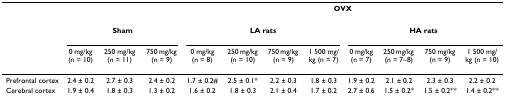
<table><thead><tr><td></td><td></td><td></td><td></td><td colspan="8"><b>OVX</b></td></tr><tr><td></td><td colspan="3"><b>Sham</b></td><td colspan="4"><b>LA rats</b></td><td colspan="4"><b>HA rats</b></td></tr><tr><td></td><td><b>0 mg/kg (n = 10)</b></td><td><b>250 mg/kg (n = 11)</b></td><td><b>750 mg/kg (n = 9)</b></td><td><b>0 mg/kg (n = 8)</b></td><td><b>250 mg/kg (n = 10)</b></td><td><b>750 mg/kg (n = 9)</b></td><td><b>1 500 mg/kg (n = 7)</b></td><td><b>0 mg/kg (n = 7)</b></td><td><b>250 mg/kg (n = 7–8)</b></td><td><b>750 mg/kg (n = 9)</b></td><td><b>1 500 mg/kg (n = 10)</b></td></tr></thead><tbody><tr><td>Prefrontal cortex</td><td>2.4 ± 0.2</td><td>2.7 ± 0.3</td><td>2.4 ± 0.2</td><td>1.7 ± 0.2#</td><td>2.5 ± 0.1*</td><td>2.2 ± 0.3</td><td>1.8 ± 0.3</td><td>1.9 ± 0.2</td><td>2.1 ± 0.2</td><td>2.3 ± 0.3</td><td>2.2 ± 0.2</td></tr><tr><td>Cerebral cortex</td><td>1.9 ± 0.4</td><td>1.8 ± 0.3</td><td>1.3 ± 0.2</td><td>1.6 ± 0.2</td><td>1.8 ± 0.3</td><td>2.1 ± 0.4</td><td>1.7 ± 0.2</td><td>2.7 ± 0.6</td><td>1.5 ± 0.2*</td><td>1.5 ± 0.2**</td><td>1.4 ± 0.2**</td></tr></tbody></table>